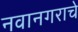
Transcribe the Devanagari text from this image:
नवानगराचे